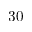
3 0